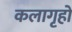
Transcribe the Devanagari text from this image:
कलागृहों